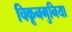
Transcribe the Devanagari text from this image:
चिकूनगुनिया